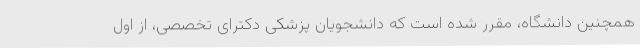
همچنین دانشگاه، مقرر شده است که دانشجویان پزشکی دکترای تخصصی، از اول